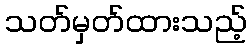
သတ်မှတ်ထားသည့်